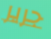
جرير